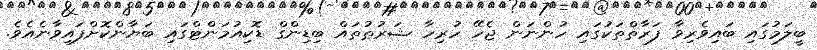
ބީލަމުގައި ބައިވެރިވާ ފަރާތްތަކުގައި ހުންނަން ޖެހޭ ހުރިހާ ޝަރުޠުތައް ބިޑިންގް ޑޮކިއުމަންޓްގައި ބަޔާންކޮށްފައިވާނެއެވެ.